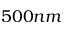
5 0 0 n m